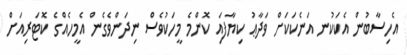
އެހިސާބުން އެކަކުނ އަނެކަކަށް ވަދާޢު ކިޔާފައި ކޮންމެ މީހަކުވެސް ނިދަންވެގެން އެމީހެއްގެ ކޮޓަރިއަށް